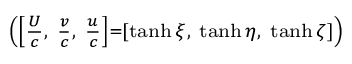
\scriptstyle \left( \left[ { \frac { U } { c } } , \ { \frac { v } { c } } , \ { \frac { u } { c } } \right] = \left[ \operatorname { t a n h } \xi , \ \operatorname { t a n h } \eta , \ \operatorname { t a n h } \zeta \right] \right)